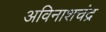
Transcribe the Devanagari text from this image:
अविनाशचंद्र